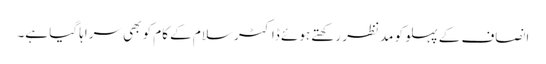
انصاف کے پہلو کو مدنظر رکھتے ہوئے ڈاکٹر سلام کے کام کو بھی سراہا گیا ہے۔